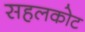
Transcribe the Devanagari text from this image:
सहलकोट